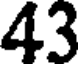
43